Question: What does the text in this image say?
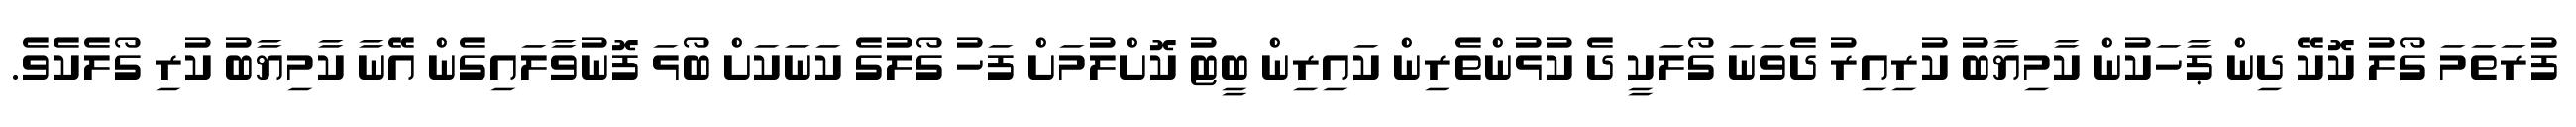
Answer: ފުރަތަމަ ގޯލު ކޮކޭ ދިން ޕާހަކުން ކާމިޔާބު ކުރިއިރު ދެވަނަ ގޯލަކީ ދެ ކުޅުންތެރިން ކައިރިން ބީޓު ކޮށްލުމަށް ފަހު ގޯލުގެ ކަނަކަށް ބޯޅަ ފޮނުވާލައިގެން އޭނާ ކާމިޔާބު ކުރި ގޯލެކެވެ.